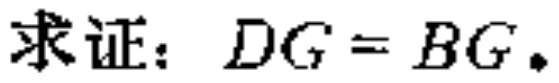
求证：\(DG = BG\).